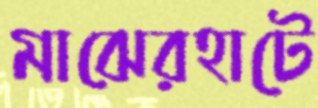
মাঝেরহাটে